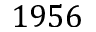
1 9 5 6